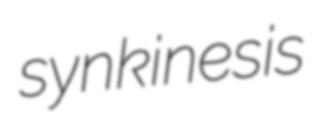
synkinesis